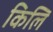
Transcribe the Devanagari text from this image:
किलि